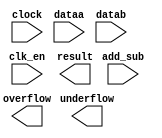
// megafunction wizard: %ALTFP_ADD_SUB%VBB%
// GENERATION: STANDARD
// VERSION: WM1.0
// MODULE: altfp_add_sub 

// ============================================================
// Megafunction Name(s):
// 			altfp_add_sub
//
// Simulation Library Files(s):
// 			lpm
// ============================================================
// ************************************************************
// THIS IS A WIZARD-GENERATED FILE. DO NOT EDIT THIS FILE!
//
// 13.0.0 Build 156 04/24/2013 SJ Web Edition
// ************************************************************

//Copyright (C) 1991-2013 Altera Corporation
//Your use of Altera Corporation's design tools, logic functions 
//and other software and tools, and its AMPP partner logic 
//functions, and any output files from any of the foregoing 
//(including device programming or simulation files), and any 
//associated documentation or information are expressly subject 
//to the terms and conditions of the Altera Program License 
//Subscription Agreement, Altera MegaCore Function License 
//Agreement, or other applicable license agreement, including, 
//without limitation, that your use is for the sole purpose of 
//programming logic devices manufactured by Altera and sold by 
//Altera or its authorized distributors.  Please refer to the 
//applicable agreement for further details.

module fpaddsub (
	add_sub,
	clk_en,
	clock,
	dataa,
	datab,
	overflow,
	result,
	underflow)/* synthesis synthesis_clearbox = 1 */;

	input	  add_sub;
	input	  clk_en;
	input	  clock;
	input	[31:0]  dataa;
	input	[31:0]  datab;
	output	  overflow;
	output	[31:0]  result;
	output	  underflow;

endmodule

// ============================================================
// CNX file retrieval info
// ============================================================
// Retrieval info: PRIVATE: FPM_FORMAT NUMERIC "0"
// Retrieval info: PRIVATE: INTENDED_DEVICE_FAMILY STRING "Cyclone IV E"
// Retrieval info: PRIVATE: SYNTH_WRAPPER_GEN_POSTFIX STRING "0"
// Retrieval info: PRIVATE: WIDTH_DATA NUMERIC "32"
// Retrieval info: LIBRARY: altera_mf altera_mf.altera_mf_components.all
// Retrieval info: CONSTANT: DENORMAL_SUPPORT STRING "NO"
// Retrieval info: CONSTANT: DIRECTION STRING "VARIABLE"
// Retrieval info: CONSTANT: INTENDED_DEVICE_FAMILY STRING "Cyclone IV E"
// Retrieval info: CONSTANT: OPTIMIZE STRING "AREA"
// Retrieval info: CONSTANT: PIPELINE NUMERIC "14"
// Retrieval info: CONSTANT: REDUCED_FUNCTIONALITY STRING "NO"
// Retrieval info: CONSTANT: WIDTH_EXP NUMERIC "8"
// Retrieval info: CONSTANT: WIDTH_MAN NUMERIC "23"
// Retrieval info: USED_PORT: add_sub 0 0 0 0 INPUT NODEFVAL "add_sub"
// Retrieval info: USED_PORT: clk_en 0 0 0 0 INPUT NODEFVAL "clk_en"
// Retrieval info: USED_PORT: clock 0 0 0 0 INPUT NODEFVAL "clock"
// Retrieval info: USED_PORT: dataa 0 0 32 0 INPUT NODEFVAL "dataa[31..0]"
// Retrieval info: USED_PORT: datab 0 0 32 0 INPUT NODEFVAL "datab[31..0]"
// Retrieval info: USED_PORT: overflow 0 0 0 0 OUTPUT NODEFVAL "overflow"
// Retrieval info: USED_PORT: result 0 0 32 0 OUTPUT NODEFVAL "result[31..0]"
// Retrieval info: USED_PORT: underflow 0 0 0 0 OUTPUT NODEFVAL "underflow"
// Retrieval info: CONNECT: @add_sub 0 0 0 0 add_sub 0 0 0 0
// Retrieval info: CONNECT: @clk_en 0 0 0 0 clk_en 0 0 0 0
// Retrieval info: CONNECT: @clock 0 0 0 0 clock 0 0 0 0
// Retrieval info: CONNECT: @dataa 0 0 32 0 dataa 0 0 32 0
// Retrieval info: CONNECT: @datab 0 0 32 0 datab 0 0 32 0
// Retrieval info: CONNECT: overflow 0 0 0 0 @overflow 0 0 0 0
// Retrieval info: CONNECT: result 0 0 32 0 @result 0 0 32 0
// Retrieval info: CONNECT: underflow 0 0 0 0 @underflow 0 0 0 0
// Retrieval info: GEN_FILE: TYPE_NORMAL fpaddsub.v TRUE
// Retrieval info: GEN_FILE: TYPE_NORMAL fpaddsub.inc FALSE
// Retrieval info: GEN_FILE: TYPE_NORMAL fpaddsub.cmp FALSE
// Retrieval info: GEN_FILE: TYPE_NORMAL fpaddsub.bsf FALSE
// Retrieval info: GEN_FILE: TYPE_NORMAL fpaddsub_inst.v FALSE
// Retrieval info: GEN_FILE: TYPE_NORMAL fpaddsub_bb.v TRUE
// Retrieval info: LIB_FILE: lpm